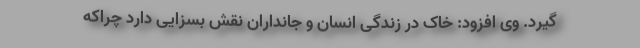
گیرد. وی افزود: خاک در زندگی انسان و جانداران نقش بسزایی دارد چراکه